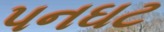
પનઘટ